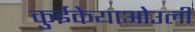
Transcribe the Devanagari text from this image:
कुईकेयाओउली